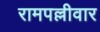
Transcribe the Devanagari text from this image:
रामपल्लीवार